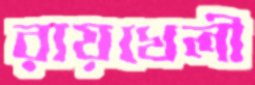
রায়খেলী